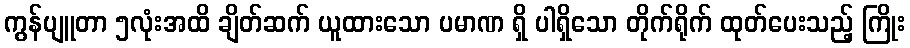
ကွန်ပျူတာ ၅လုံးအထိ ချိတ်ဆက် ယူထားသော ပမာဏ ရှိ ပါရှိသော တိုက်ရိုက် ထုတ်ပေးသည့် ကြိုး